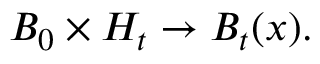
B _ { 0 } \times H _ { t } \to B _ { t } ( x ) .